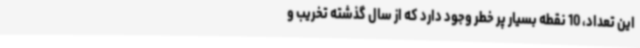
این تعداد، 10 نقطه بسیار پر خطر وجود دارد که از سال گذشته تخریب و